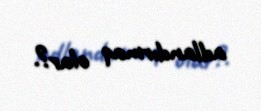
adlandırmaq olar?.